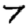
Digit: 7